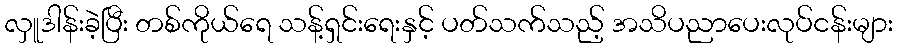
လှူဒါန်းခဲ့ပြီး တစ်ကိုယ်ရေ သန့်ရှင်းရေးနှင့် ပတ်သက်သည့် အသိပညာပေးလုပ်ငန်းများ